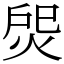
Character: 焈